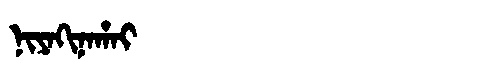
Manchu: ᠨᡳᠶᠠᡴᡳᠨᠠᡥᠠᡳ
Romanization: NIYAKINAHAI